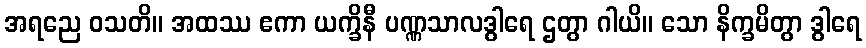
အရညေ ဝသတိ။ အထဿ ဧကာ ယက္ခိနီ ပဏ္ဏသာလဒွါရေ ဌတွာ ဂါယိ။ သော နိက္ခမိတွာ ဒွါရေ